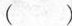
（）